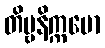
တိဗ္ဗနိက္ကမော